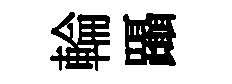
輪躡